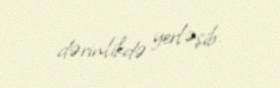
dərinlikdə yerləşib.